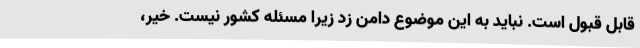
قابل قبول است. نباید به این موضوع دامن زد زیرا مسئله کشور نیست. خیر،